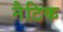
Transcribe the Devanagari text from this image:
नैटिक